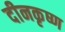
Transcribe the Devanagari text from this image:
दीनकृष्ण